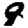
Digit: 9